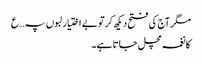
مگر آج کی فتح دیکھ کر تو بے اختیار لبوں پہ …ع
کا نغمہ مچل جاتا ہے۔